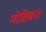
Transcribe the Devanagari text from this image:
मोहिसना